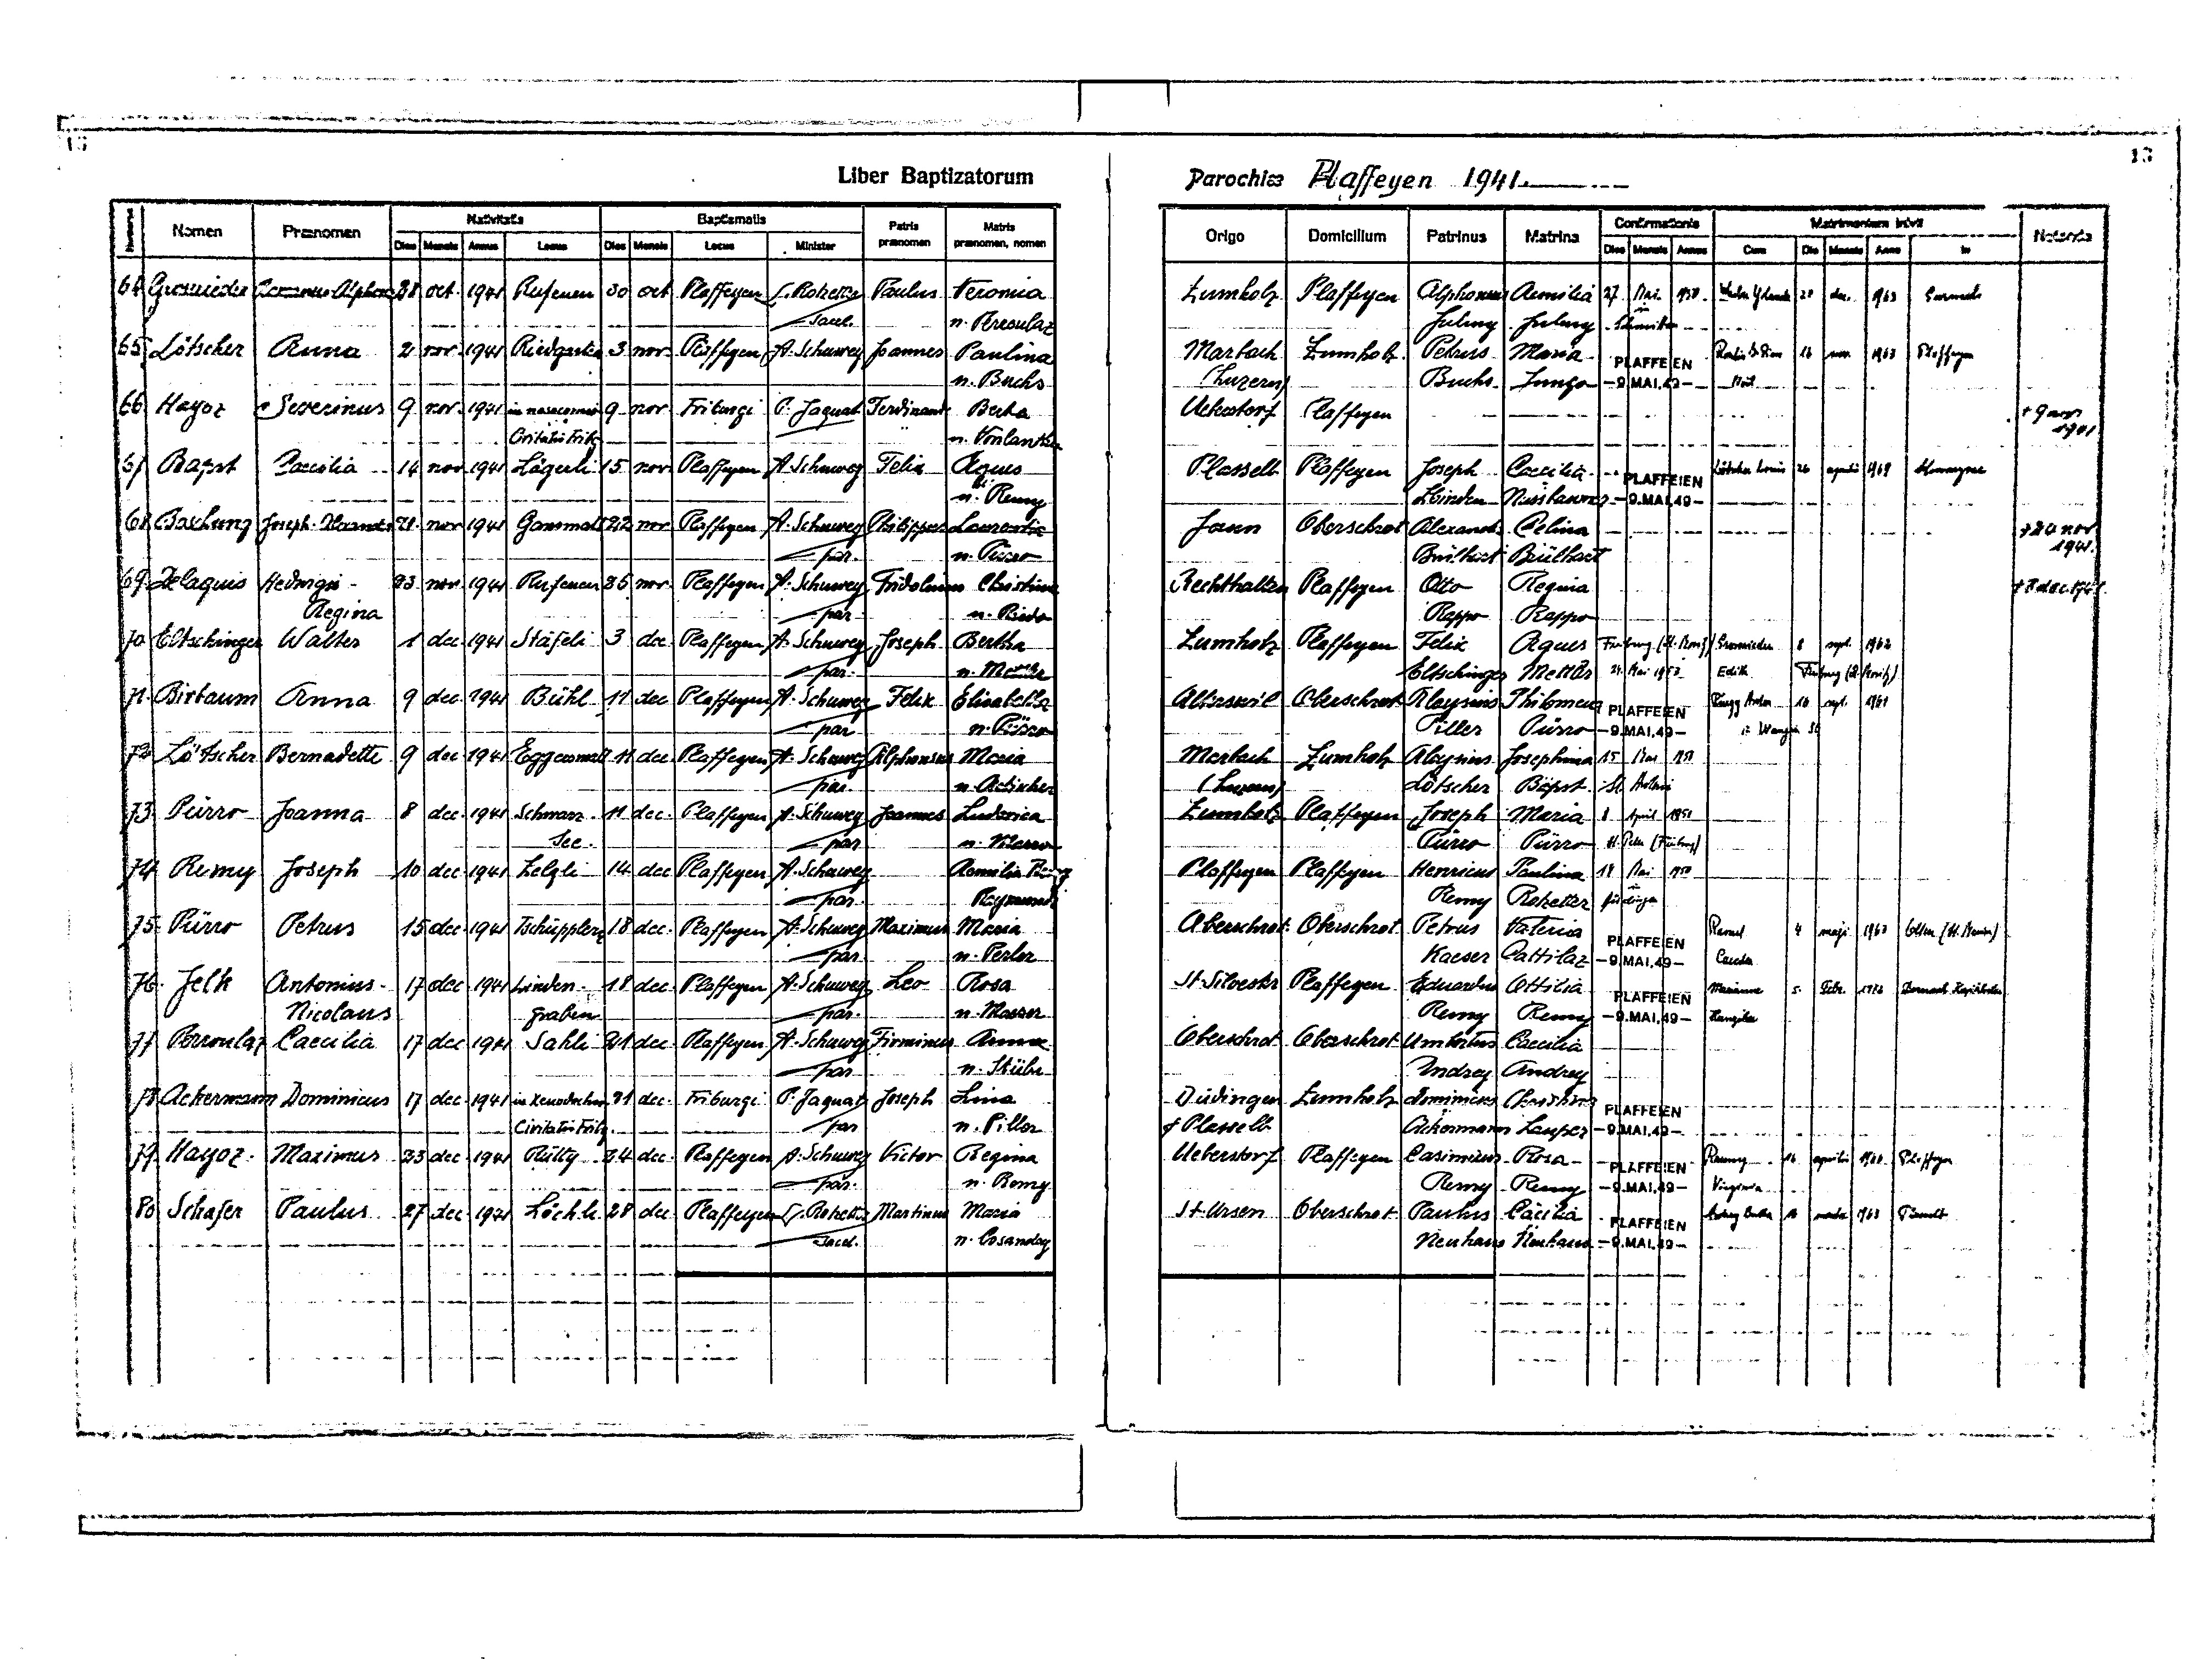
13
Liber Baptizatorum
Parochiae Plaffeyen 1941
Nativitatis
Baptismatis
Matrimonium inivit
Confirmationis
Patris
Matris
Nomen Praenomen
Notanda
Origo Domicilium
Patrinus
Matrina
praenomen
praenomen, nomen
Minister
Dies Mensis Annus Locus Dies Mensis Locus
in
Dies Mensis Annus Cum Die Mensis Anno
64 Grossrieder Romananus-Alphons 28 oct. 1941 Rufenen 30 oct. Plaffeyen L. Rotzetter Paulus Veronica
Zumholz Plaffeyen Alphonsus Aemilia 27 Mai 1950 Waeber Yolanda 28 dec. 1962
Gurmels
in
sacel.
Julmy Julmy Schmitten
n. Peroulaz
65 Lötscher Anna 2 nov. 1941 Riedgarten 3 nov Plaffeyen A. Schuwey Joannes Paulina
Marbach Zumholz Petrus Maria PLAFFEIEN Roulin Paus 16 nov. 1965 Plaffeyen
(Luzern)
n. Buchs
Buchs Jungo -9.MAI.49- Noël
66 Hayoz Severinus 9 nov. 1941 in nosocomio 9 nov Friburgi P. Jaquat Ferdinand Berta
Ueberstorf Plaffeyen
† 9 nov
1941
Civitatis Fribg
n. Vonlanthen
67 Bapst Caecilia 14 nov. 1941 Lägerli 15 nov Plaffeyen A. Schuwey Felix Agnes
Lötscher Louis 26 aprilis 1969 Schwarzsee
Plasselb Plaffeyen Joseph Caecilia PLAFFEIEN
Zbinden Nussbaumer -9.MAI.49-
n. Remy
68 Boschung Joseph-Alexander 21 nov. 1941 Gansmatt 22 nov Plaffeyen A. Schuwey Pilippus Laurentia
† 24 nov
Jaun Oberschrot Alexander Celina
1941
par.
n. Pürro
Brülhart Brülhard
69 Delaquis Hedwigi - 23 nov. 1941 Rufenen 25 nov. Plaffeyen A. Schuwey Fridolinus Christina
Rechthalten Plaffeyen Otto Regina
† 7 dec. 1941
Regina
par.
n. Riedo
Rappo Rappo
70. Eltschinger Walter 1 dec. 1941 Stäfeli 3 dec Plaffeyen A. Schuwey Joseph Bertha
Zumholz Plaffeyen Felix Agnes Friburg (St. Moritz) Grossrieder 8 sept. 1962
par.
Eltschinger Mettler 24. Mai 1953 Edith
Freiburg (St. Moritz)
n. Mettler
71. Birbaum Anna 9 dec. 1941 Bühl 11 dec. Plaffeyen A. Schuwey Felix Elisabetha
Alteswil Oberschrot Aloysius Philomena PLAFFEIEN Rüegg Anton 16 sept. 1961
n. Wangen SO
par.
Piller Pürro -9.MAI.49-
n. Pürro
72 Lötscher Bernadette 9 dec. 1941 Eggersmatt 11 dec Plaffeyen A. Schuwey Alphonsus Maria
Marbach Zumholz Aloysius Josephina 15 Mai 1950
Lötscher Bapst St. Antoni
(Luzern)
par.
n. Aebischer
73. Pürro Joanna 8 dec. 1941 Schwaz - 11 dec Plaffeyen A. Schuwey Joannes Ludovica
Zumholz Plaffeyen Joseph Maria 8 April 1951
see.
n. Mauron
Pürro Pürro  St. Peter (Freiburg)
par.
Aemilia Remy
Plaffeyen Plaffeyen Henricus Paulina 15 Mai 1950
74. Remy Joseph 10 dec. 1941 Zelgli 14 dec Plaffeyen A. Schuwey
in
Remy Rotzetter Düdingen
par.
Raymond
75. Pürro
Petrus 15 dec. 1941 Tschüpplern 18 dec Plaffeyen A. Schuwey Maximus Maria
Rase
Oberschrot Oberschrot Petrus Valeria PLAFFEIEN
4 maji. 1963 Olten (St. Bris)
n. Perler
par.
Kaeser Cattilaz -9.MAI.49- Caeda
76 Jelk Antonius- 17 dec 1941 Linden - 18 dec Plaffeyen A. Schuwy Leo Rosa
St. Silvester Plaffeyen Eduardus Ottilia PLAFFEIEN
Marianne
5 Febr 1972 Dornach Gitalen
n. Marsrer
par.
Nicolaus
Graben
Remy Remy -9.MAI.49- Hunziker
Oberschrot Oberschrot Umbertus Caecilia
77 Peroulaz Caecilia 17 dec. 1941 Sahli 21 dec Plaffeyen A. Schuwey Firminus Anna
n. Stüler
Andrey Andrey
par.
78 Ackermann Dominicus 17 dec. 1941 in Xenodochio 21 dec Friburgi P. Jaquat Joseph Lina
Düdingen Zumholz Dominicus Christina PLAFFEIEN
& Plasselb
par
n. Piller
Civitatis Fribg
Ackermann Lauper -9.MAI.49-
79 Hayoz Maximus 23 dec. 1941 Rütty 24 dec Plaffeyen A. Schuwey Viktor Regina
Ueberstorf Plaffeyen Casimirus Rosa PLAFFEIEN Raemy 16 aprilis 1966 Plaffeyen
n. Remy
par.
Remy Remy -9.MAI.49- Virginia
80. Schafer Paulus 27 dec 1941 Löchli 28 dec. Plaffeyen L. Rotzetter Martinus Maria
St. Ursen Oberschrot Paulus Cecilia PLAFFEIEN Andrey Berta 16 marti 1963 Plasselb
n. Cosandey
sacel.
Neuhaus Neuhaus -9.MAI.49-